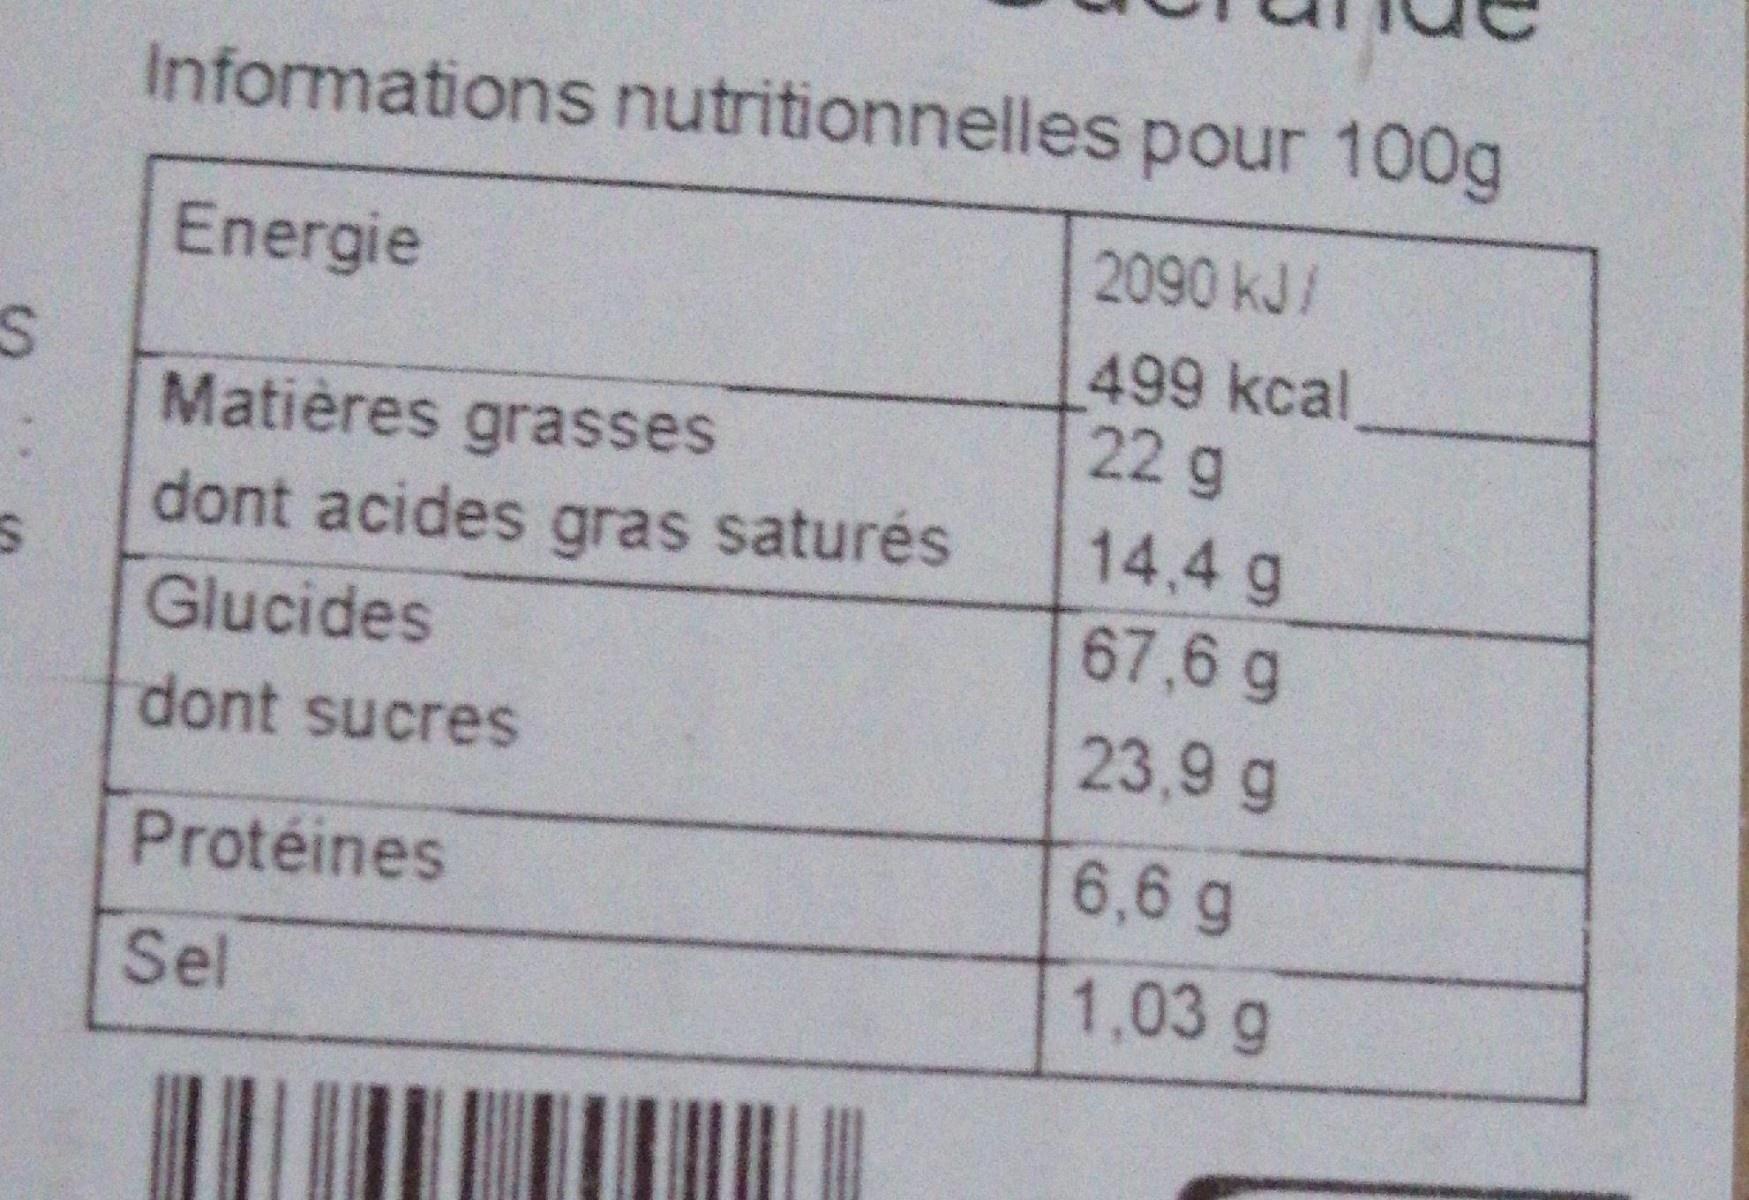
Informations nutritionnelles pour 100g
2090 kJ/
Energie
499 kcal 22g
Matières grasses
14,4 g 67,6 g
dont acides gras saturés
Glucides
dont sucres
23,9 g
6,6 g
Protéines
1,03 g
Sel